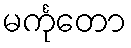
မင်္ကုတော